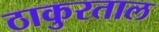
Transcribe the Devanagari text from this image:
ठाकुरताल